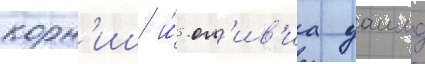
корн'иш и́ ол'ив'иа уаилд